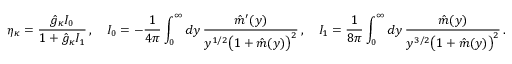
\eta _ { \kappa } = \frac { \hat { g } _ { \kappa } { \cal I } _ { 0 } } { 1 + \hat { g } _ { \kappa } { \cal I } _ { 1 } } \, , \quad { \cal I } _ { 0 } = - \frac { 1 } { 4 \pi } \int _ { 0 } ^ { \infty } d y \, \frac { \hat { m } ^ { \prime } ( y ) } { y ^ { 1 / 2 } \big ( 1 + \hat { m } ( y ) \big ) ^ { 2 } } \, , \quad { \cal I } _ { 1 } = \frac { 1 } { 8 \pi } \int _ { 0 } ^ { \infty } d y \, \frac { \hat { m } ( y ) } { y ^ { 3 / 2 } \big ( 1 + \hat { m } ( y ) \big ) ^ { 2 } } \, .